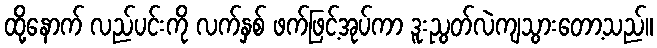
ထို့နောက် လည်ပင်းကို လက်နှစ် ဖက်ဖြင့်အုပ်ကာ ဒူးညွတ်လဲကျသွားတော့သည်။